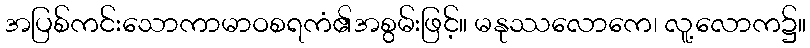
အပြစ်ကင်းသောကာမာဝစရကံ၏အစွမ်းဖြင့်။ မနုဿလောကေ၊ လူ့လောက၌။